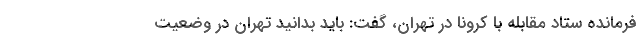
فرمانده ستاد مقابله با کرونا در تهران، گفت: باید بدانید تهران در وضعیت